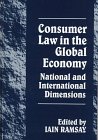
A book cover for Consumer Law in the Global Economy: National and International Dimensions; Ont.) International Conference on Consumer Law 1995 (Toronto; Law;